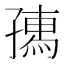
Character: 𡦗